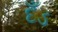
દઁડ